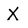
Character: X